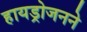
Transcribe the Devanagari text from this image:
हायड्रोजनने